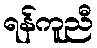
ရန်ကူညီ